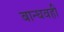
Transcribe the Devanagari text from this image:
बान्धवही